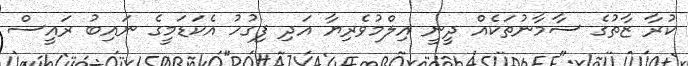
ކުރާ ޒާތުގެ ސާމާނުތަކެއް ދީނީ އިލްމުވެރިޔާ އަދި ފިގުހު އެކަޑަމީގެ ނައިބު ރައީސް